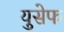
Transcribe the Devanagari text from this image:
युसेफ